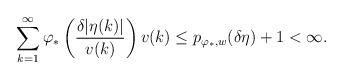
LaTeX: \begin{align*}\sum_{k=1}^\infty \varphi_*\left(\frac{\delta |\eta(k)|}{v(k)}\right) v(k) \le p_{\varphi_*,w}(\delta \eta) + 1 < \infty.\end{align*}